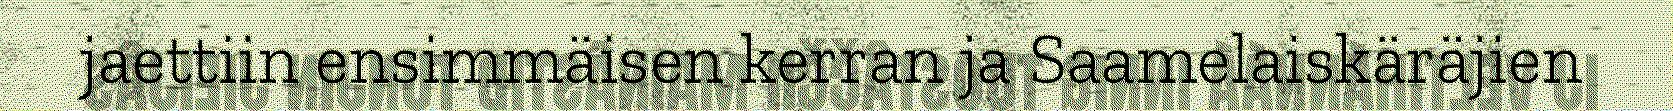
jaettiin ensimmäisen kerran ja Saamelaiskäräjien